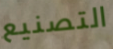
التصنيع